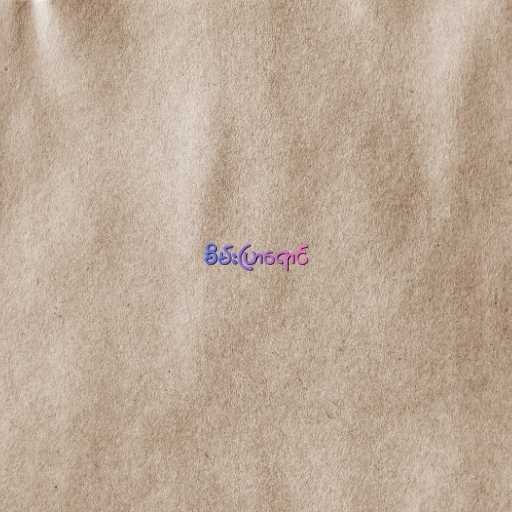
စိမ်းပြာရောင်